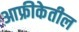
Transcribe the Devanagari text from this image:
आफ्रीकेतील